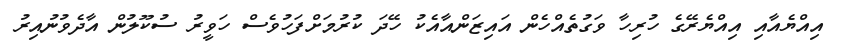
އިއްޔެއާއި އިއްޔެރޭގެ ހުރިހާ ވަގުތެއްހެން އައިޒަންއާއެކު ހޭދަ ކުރުމަށްފަހުވެސް ހަވީރު ސުކޫލުން އާދެވުނުއިރު